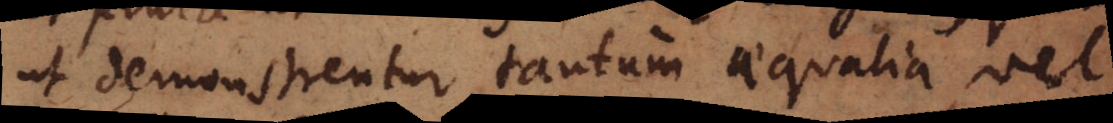
ut demonstrentur tantum aequalia vel